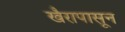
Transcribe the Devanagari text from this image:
खैरापासून